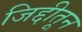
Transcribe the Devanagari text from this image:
जिद्दीतून